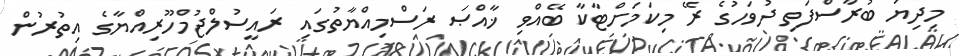
މިދިޔަ ބުރާސްފަތި ދުވަހުގެ ރޭ މިކަމަށްޓާކާ ބޭއްވި ޚާއްޞަ ރަސްމިއްޔާތުގައި ރައީސުލްޖުމްހޫރިއްޔާގެ އިތުރުން